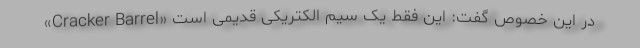
«Cracker Barrel» در این خصوص گفت: این فقط یک سیم الکتریکی قدیمی است